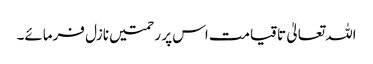
اللہ تعالیٰ تاقیامت اس پر رحمتیں نازل فرمائے۔